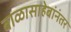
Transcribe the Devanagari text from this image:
बाळासाहेबांनंतर